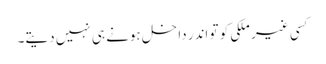
کسی غیر ملکی کو تو اندر داخل ہونے ہی نہیں دیتے۔